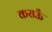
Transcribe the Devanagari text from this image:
कराऊँ